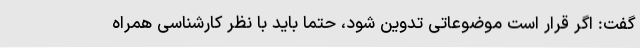
گفت: اگر قرار است موضوعاتی تدوین شود، حتماً باید با نظر کارشناسی همراه